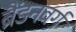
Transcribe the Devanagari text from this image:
ब्रैंडनवर्ग